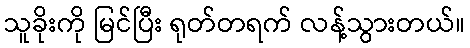
သူခိုးကို မြင်ပြီး ရုတ်တရက် လန့်သွားတယ်။